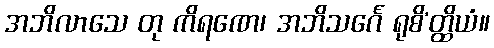
အဘိလာသေ တု ကိရဏေ၊ အဘိသင်္ဂေ ရုစိ’တ္ထိယံ။